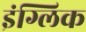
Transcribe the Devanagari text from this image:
इंग्लिक